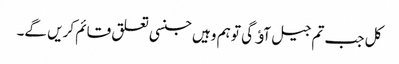
کل جب تم جیل آﺅ گی تو ہم وہیں جنسی تعلق قائم کریں گے۔